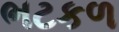
ભટકળ